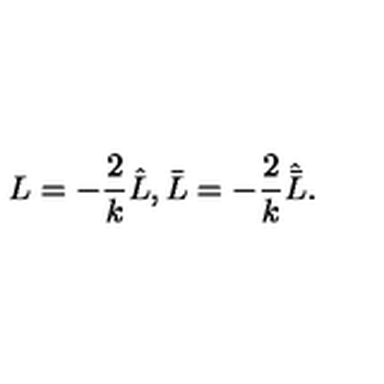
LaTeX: L = - \frac { 2 } { k } \hat { L } , \bar { L } = - \frac { 2 } { k } \hat { \bar { L } } .